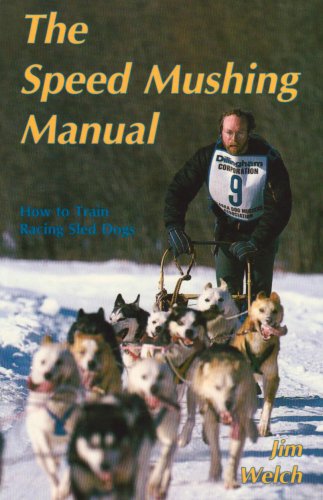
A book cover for The Speed Mushing Manual: How to Train Racing Sled Dogs; Jim Welch; Sports & Outdoors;